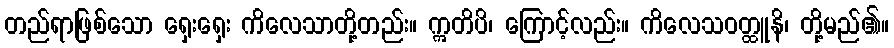
တည်ရာဖြစ်သော ရှေးရှေး ကိလေသာတို့တည်း။ ဣတိပိ၊ ကြောင့်လည်း။ ကိလေသဝတ္ထူနိ၊ တို့မည်၏။